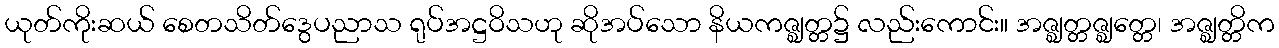
ယုတ်ကိုးဆယ် စေတသိတ်ဒွေပညာသ ရုပ်အဋ္ဌဝိသဟု ဆိုအပ်သော နိယကဇ္ဈတ္တ၌ လည်းကောင်း။ အဇ္ဈတ္တဇ္ဈတ္တေ၊ အဇ္ဈတ္တိက